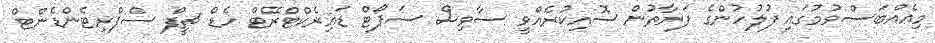
މިއެއްބަސްވުމުގައި ފުލުހުންގެ ފަރާތުން ސޮއިކުރެއްވީ ސާވިސް ސަޕޯޓް ޑައިރެކްޓްރޭޓް ހެޑް ޗީފް ސްޕްރިޓެންޑެންޓް